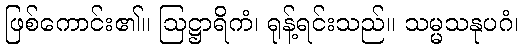
ဖြစ်ကောင်း၏။ ဩဋ္ဌာရိကံ၊ ရုန့်ရင်းသည်။ သမ္မသနုပဂံ၊